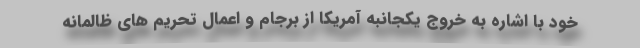
خود با اشاره به خروج یکجانبه آمریکا از برجام و اعمال تحریم های ظالمانه